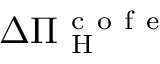
\Delta \Pi _ { \mathrm { ~ H ~ } } ^ { \mathrm { ~ c ~ o ~ f ~ e ~ } }